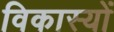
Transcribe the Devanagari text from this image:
विकास्यों